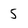
Character: 5